Leaving Certificate Examination (including Day School Certificate (Higher) General paper), 1936
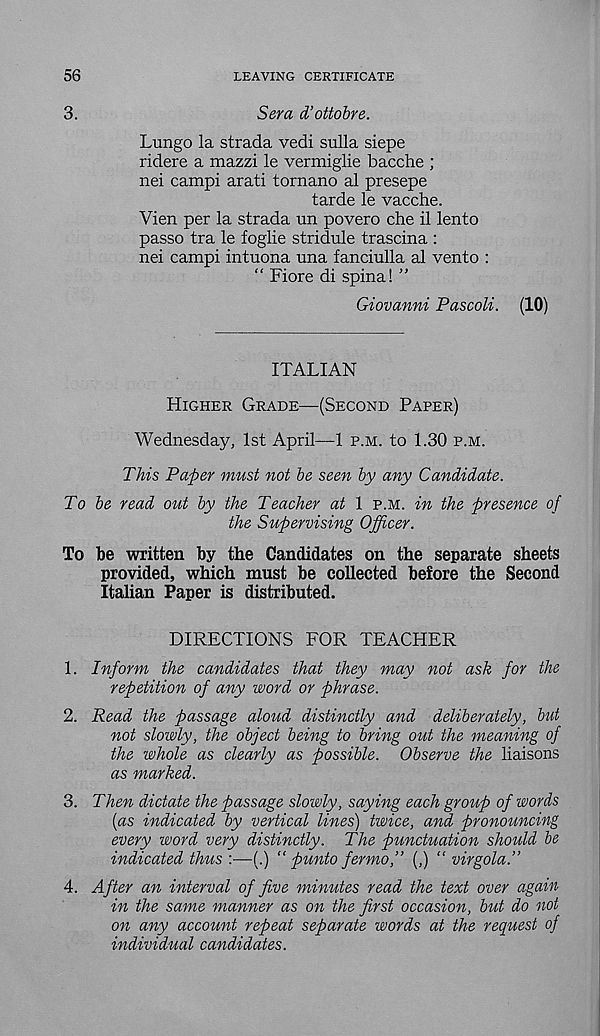
56
LEAVING CERTIFICATE
3.
Sera d’ottobre.
Lungo la strada vedi sulla siepe
ridere a mazzi le vermiglie bacche ;
nei campi arati tornano al presepe
tarde le vacche.
Vien per la strada un povero che il lento
passo tra le foglie stridule trascina :
nei campi intuona una fanciulla al vento :
“ Fiore di spina! ”
Giovanni Pascoli. (10)
ITALIAN
Higher Grade—(Second Paper)
Wednesday, 1st April—1 p.m. to 1.30 p.m.
This Paper must not be seen by any Candidate.
To be read out by the Teacher at 1 p.m. in the presence of
the Supervising Officer.
To be written by the Candidates on the separate sheets
provided, which must be collected before the Second
Italian Paper is distributed.
DIRECTIONS FOR TEACHER
1. Inform the candidates that they may not ask for the
repetition of any word or phrase.
2. Read the passage aloud distinctly and deliberately, but
not slowly, the object being to bring out the meaning of
the whole as clearly as possible. Observe the liaisons
as marked.
3. Then dictate the passage slowly, saying each group of words
(as indicated by vertical lines) twice, and pronouncing
every word very distinctly. The punctuation should be
indicated thus '■—(.) “ punto fermo,” (,) “ virgola.”
4. After an interval of five minutes read the text over again
in the same manner as on the first occasion, but do not
on any account repeat separate words at the request of
individual candidates.